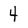
Character: 4